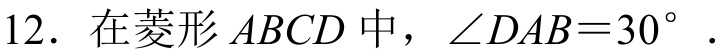
12. 在菱形 \(ABCD\) 中，\(\angle DAB = 30^{\circ}\) .